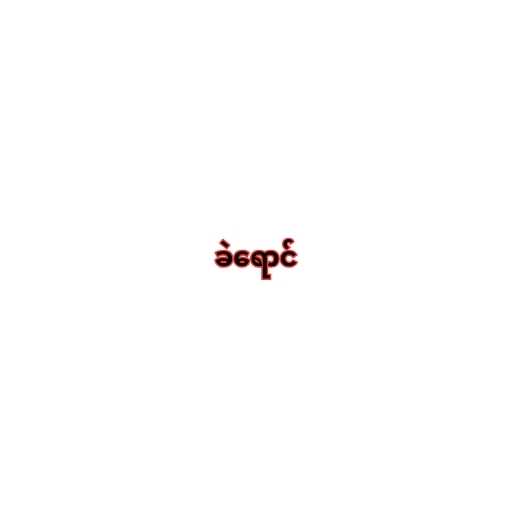
ခဲရောင်